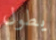
يطول